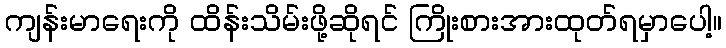
ကျန်းမာရေးကို ထိန်းသိမ်းဖို့ဆိုရင် ကြိုးစားအားထုတ်ရမှာပေါ့။